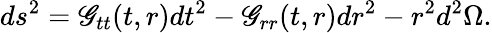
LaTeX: ds^{2}=\mathscr{G}_{tt}(t,r)dt^{2}-\mathscr{G}_{rr}(t,r)dr^{2}-r^{2}d^{2}\Omega.